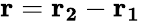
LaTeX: \mathbf{r}=\mathbf{r_{2}}-\mathbf{r_{1}}